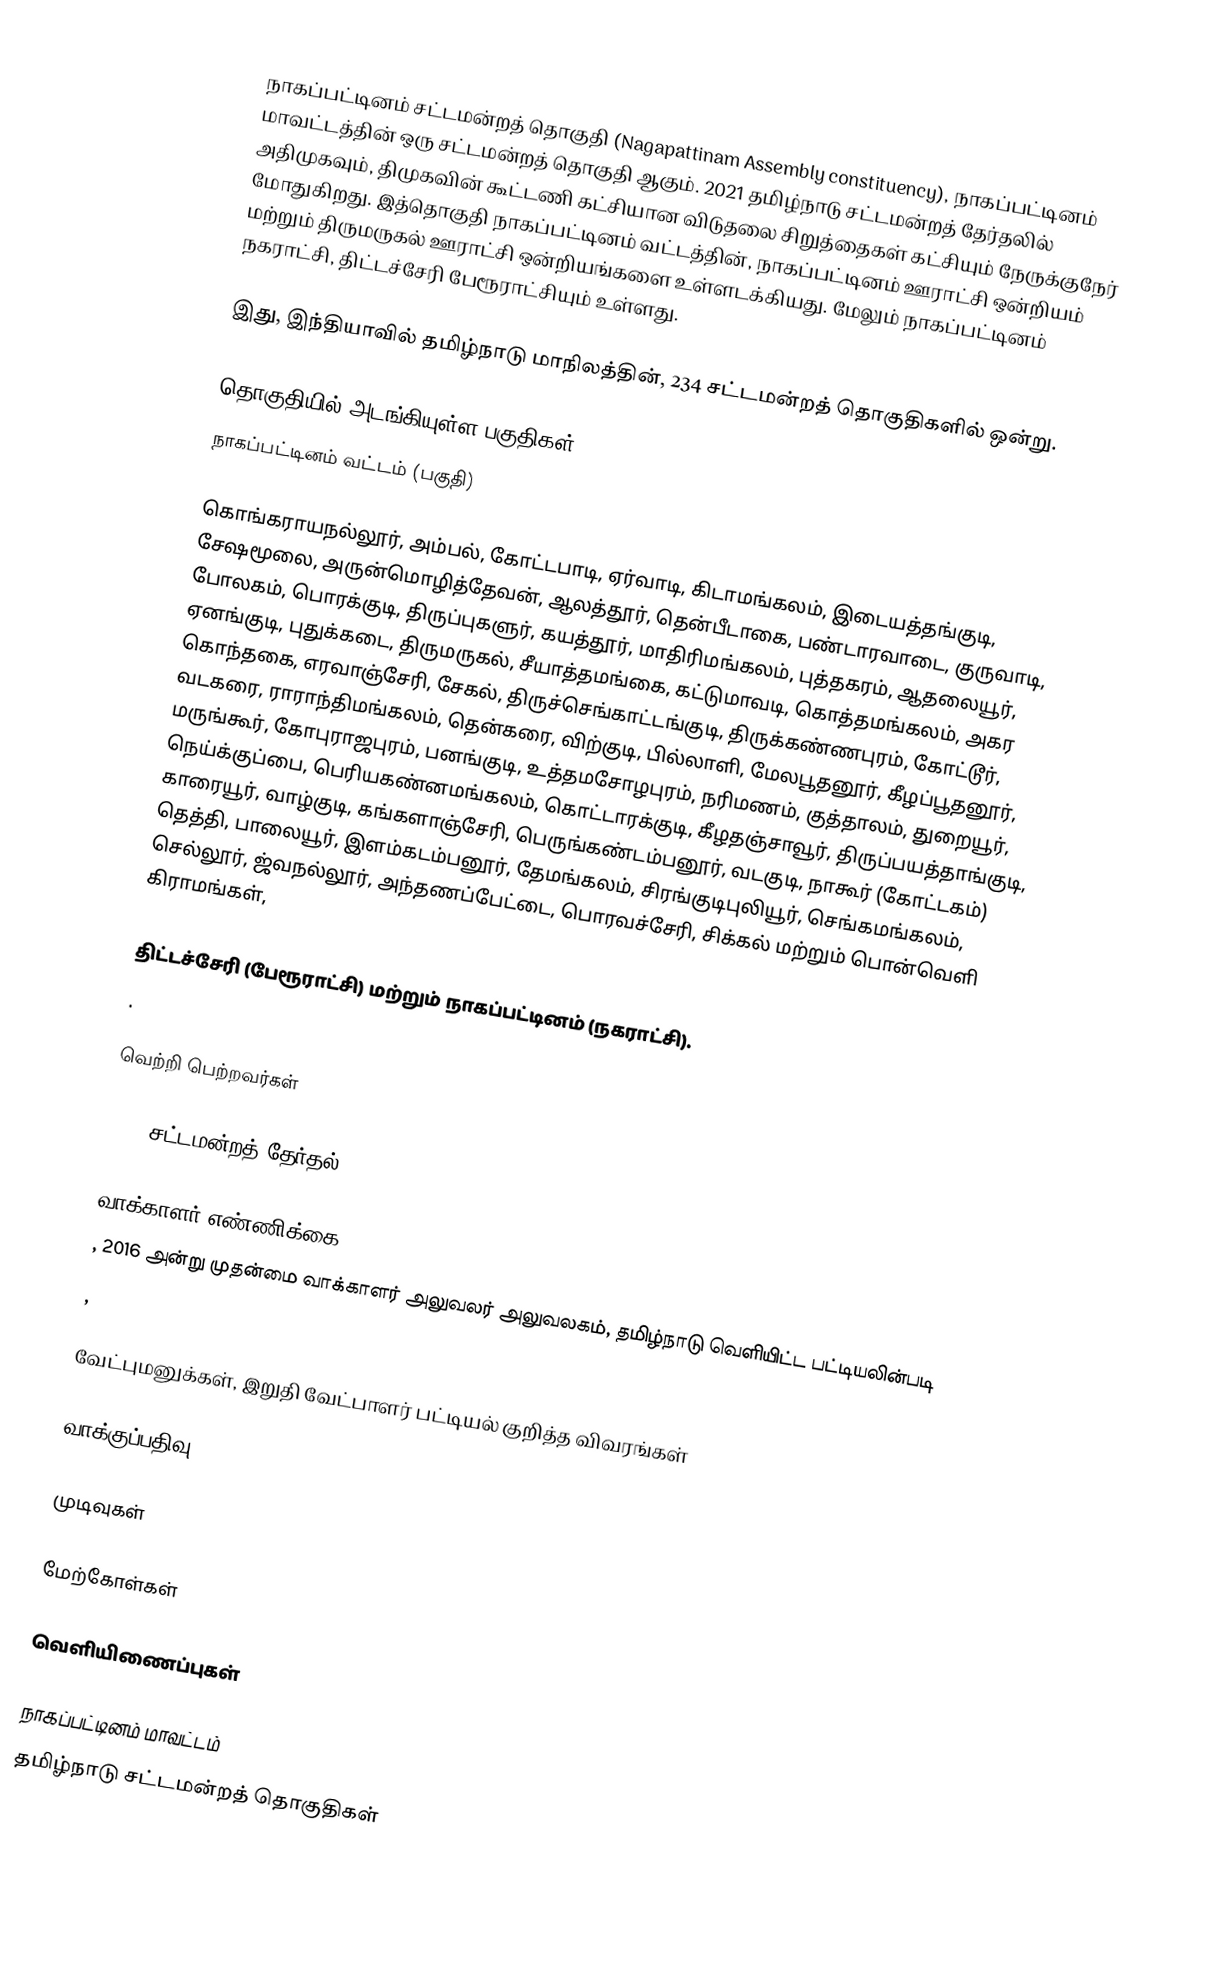
நாகப்பட்டினம் சட்டமன்றத் தொகுதி (Nagapattinam Assembly constituency), நாகப்பட்டினம் மாவட்டத்தின் ஒரு சட்டமன்றத் தொகுதி ஆகும். 2021 தமிழ்நாடு சட்டமன்றத் தேர்தலில்  அதிமுகவும், திமுகவின் கூட்டணி கட்சியான விடுதலை சிறுத்தைகள் கட்சியும் நேருக்குநேர் மோதுகிறது. இத்தொகுதி நாகப்பட்டினம் வட்டத்தின், நாகப்பட்டினம் ஊராட்சி ஒன்றியம் மற்றும் திருமருகல் ஊராட்சி ஒன்றியங்களை உள்ளடக்கியது. மேலும் நாகப்பட்டினம் நகராட்சி, திட்டச்சேரி பேரூராட்சியும் உள்ளது.

இது, இந்தியாவில் தமிழ்நாடு மாநிலத்தின், 234 சட்டமன்றத் தொகுதிகளில் ஒன்று.

தொகுதியில் அடங்கியுள்ள பகுதிகள்
 நாகப்பட்டினம் வட்டம் (பகுதி)

கொங்கராயநல்லூர், அம்பல், கோட்டபாடி, ஏர்வாடி, கிடாமங்கலம், இடையத்தங்குடி, சேஷமூலை, அருன்மொழித்தேவன், ஆலத்தூர், தென்பீடாகை, பண்டாரவாடை, குருவாடி, போலகம், பொரக்குடி, திருப்புகளுர், கயத்தூர், மாதிரிமங்கலம், புத்தகரம், ஆதலையூர், ஏனங்குடி, புதுக்கடை, திருமருகல், சீயாத்தமங்கை, கட்டுமாவடி, கொத்தமங்கலம், அகர கொந்தகை, எரவாஞ்சேரி, சேகல், திருச்செங்காட்டங்குடி, திருக்கண்ணபுரம், கோட்டூர், வடகரை, ராராந்திமங்கலம், தென்கரை, விற்குடி, பில்லாளி, மேலபூதனூர், கீழப்பூதனூர், மருங்கூர், கோபுராஜபுரம், பனங்குடி, உத்தமசோழபுரம், நரிமணம், குத்தாலம், துறையூர், நெய்க்குப்பை, பெரியகண்னமங்கலம், கொட்டாரக்குடி, கீழதஞ்சாவூர், திருப்பயத்தாங்குடி, காரையூர், வாழ்குடி, கங்களாஞ்சேரி, பெருங்கண்டம்பனூர், வடகுடி, நாகூர் (கோட்டகம்) தெத்தி, பாலையூர், இளம்கடம்பனூர், தேமங்கலம், சிரங்குடிபுலியூர், செங்கமங்கலம், செல்லூர், ஜ்வநல்லூர், அந்தணப்பேட்டை, பொரவச்சேரி, சிக்கல் மற்றும் பொன்வெளி கிராமங்கள்,

திட்டச்சேரி (பேரூராட்சி) மற்றும் நாகப்பட்டினம் (நகராட்சி).
.

வெற்றி பெற்றவர்கள்

2016 சட்டமன்றத் தேர்தல்

வாக்காளர் எண்ணிக்கை
, 2016 அன்று முதன்மை வாக்காளர் அலுவலர் அலுவலகம், தமிழ்நாடு வெளியிட்ட பட்டியலின்படி
,

வேட்புமனுக்கள், இறுதி வேட்பாளர் பட்டியல் குறித்த விவரங்கள்

வாக்குப்பதிவு

முடிவுகள்

மேற்கோள்கள்

வெளியிணைப்புகள்

நாகப்பட்டினம் மாவட்டம்
தமிழ்நாடு சட்டமன்றத் தொகுதிகள்